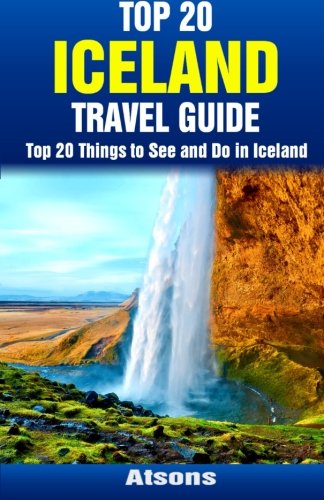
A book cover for Top 20 Things to See and Do in Iceland - Top 20 Iceland Travel Guide; Atsons; Travel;